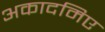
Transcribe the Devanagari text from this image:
अकादमिए